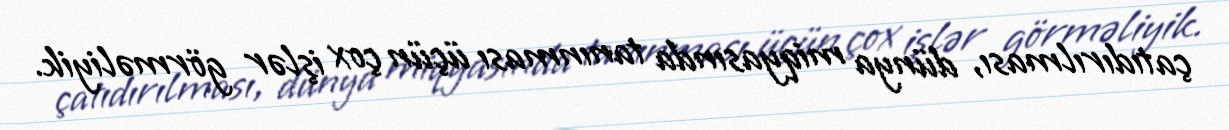
çatıdırılması, dünya miqyasında tanınması üçün çox işlər görməliyik.